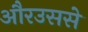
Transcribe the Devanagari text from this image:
औरउससे